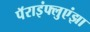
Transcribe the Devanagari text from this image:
पॅराइंफ्लुएंझा